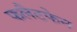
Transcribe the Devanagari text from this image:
फलैटफेन